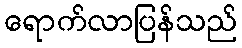
ရောက်လာပြန်သည်